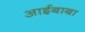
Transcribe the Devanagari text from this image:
आईबाबा